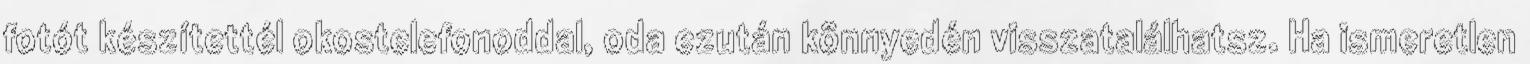
fotót készítettél okostelefonoddal, oda ezután könnyedén visszatalálhatsz. Ha ismeretlen